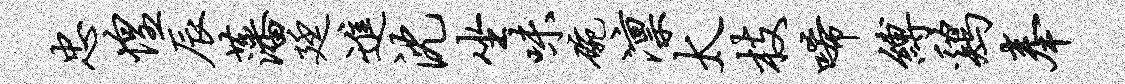
忠惶辰藩廷进沈坐味碗凛太枝唏缚鸡奉